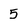
Character: 5